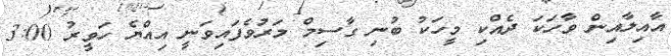
އާއިލާއިން ވާހަކަ ދެއްކި މީހަކު ބުނި ގާސިމް މަރުވެފައިވަނީ އިއްޔެ ހަވީރު 3:00